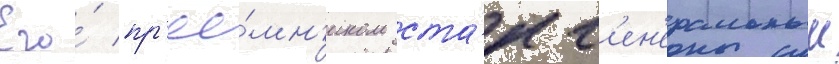
Его́ пр'ее́мн'иком ста́л г'ен'еральныи